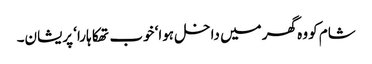
شام کو وہ گھر میں داخل ہوا‘ خوب تھکا ہارا‘ پریشان۔